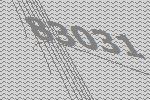
83031